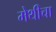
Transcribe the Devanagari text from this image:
मेथीचा